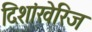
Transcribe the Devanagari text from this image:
दिशांखेरिज